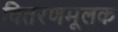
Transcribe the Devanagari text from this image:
वितरणमूलक